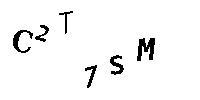
C2T7SM